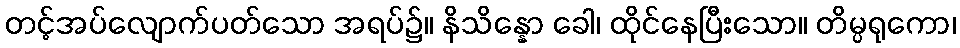
တင့်အပ်လျောက်ပတ်သော အရပ်၌။ နိသိန္နော ခေါ၊ ထိုင်နေပြီးသော။ တိမ္ပရုကော၊